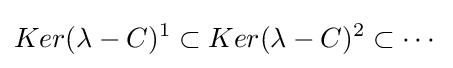
Ker(\lambda -C)^{1}\subset Ker(\lambda -C)^{2}\subset \cdots